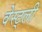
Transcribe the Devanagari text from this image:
वेस्ट्ली